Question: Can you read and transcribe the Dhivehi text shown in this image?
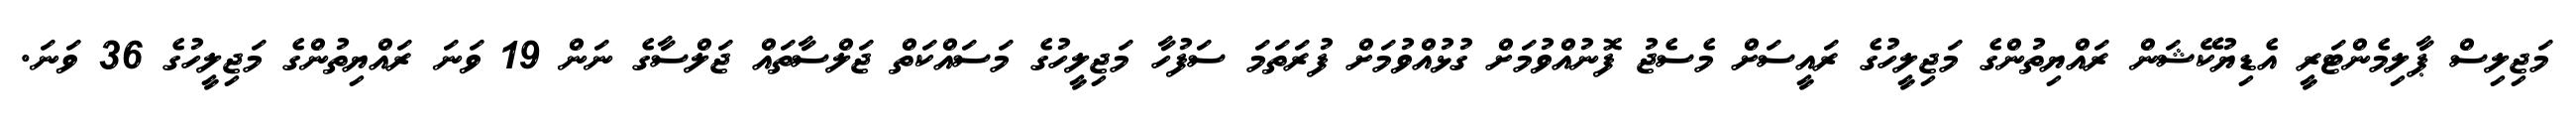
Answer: މަޖިލިސް ޕާލިމެންޓަރީ އެޑިޔުކޭޝަން ރައްޔިތުންގެ މަޖިލީހުގެ ރައީސަށް މެސެޖު ފޮނުއްވުމަށް ގުޅުއްވުމަށް ފުރަތަމަ ސަފުހާ މަޖިލީހުގެ މަސައްކަތް ޖަލްސާތައް ޖަލްސާގެ ނަން 19 ވަނަ ރައްޔިތުންގެ މަޖިލީހުގެ 36 ވަނަ.